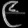
Digit: ၉